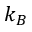
k _ { B }